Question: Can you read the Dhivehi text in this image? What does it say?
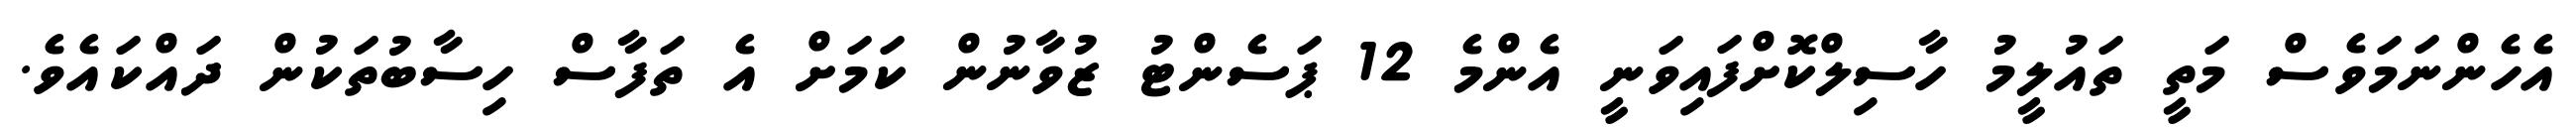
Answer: އެހެންނަމަވެސް މަތީ ތައުލީމު ހާސިލްކޮށްފައިވަނީ އެންމެ 12 ޕަސެންޓު ޒުވާނުން ކަމަށް އެ ތަފާސް ހިސާބުތަކުން ދައްކައެވެ.